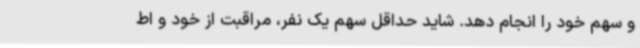
و سهم خود را انجام دهد. شاید حداقل سهم یک نفر، مراقبت از خود و اط